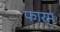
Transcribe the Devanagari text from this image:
फारम